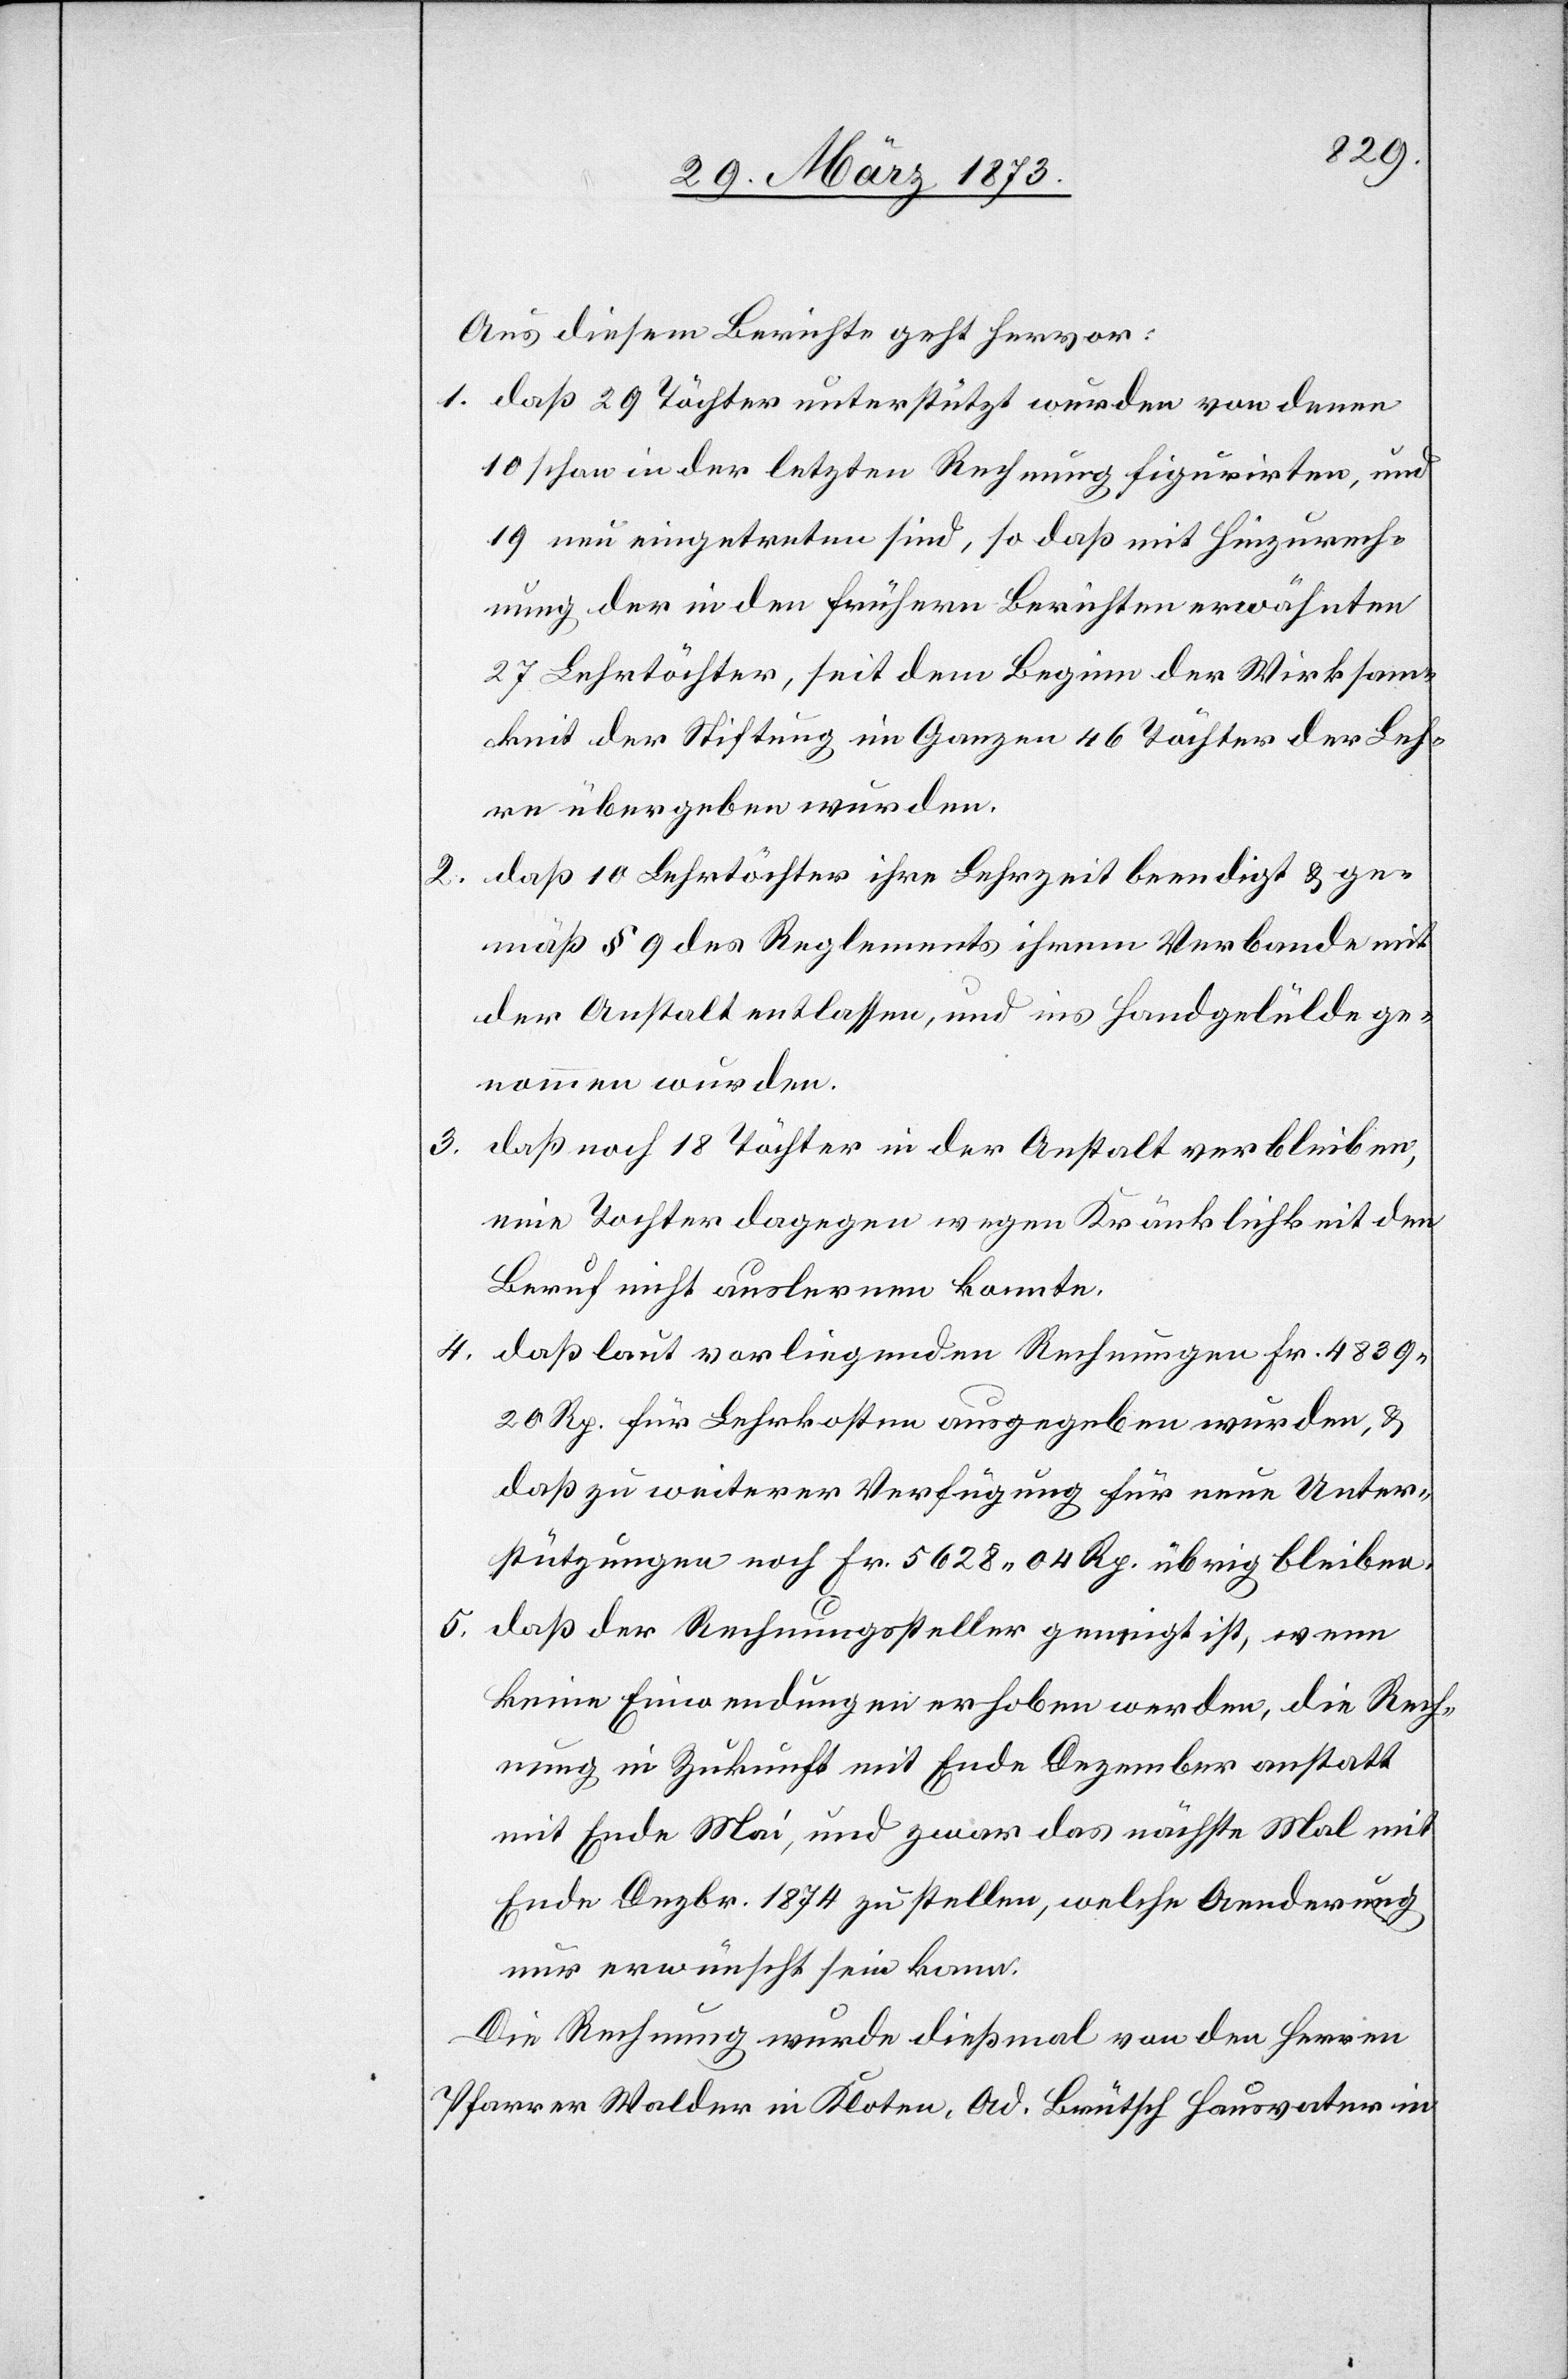
Aus diesem Berichte geht hervor:
1. daß 29 Töchter unterstützt wurden von denen
10 schon in der letzten Rechnung figurierten, und
19 neu eingetreten sind, so daß mit Hinzurech¬
nung der in den frühern Berichten erwähnten
27 Lehrtöchter, seit dem Beginn der Wirksam¬
keit der Stiftung im Ganzen 46 Töchter der Leh¬
re übergeben wurden.
2. daß 10 Lehrtöchter ihre Lehrzeit beendigt u. ge¬
mäß § 9 des Reglements ihrem Verbande mit
der Anstalt entlassen, und ins Handgelülde
genommen wurden.
3.
daß noch 18 Töchter in der Anstalt verbleiben,
eine Tochter dagegen wegen Kränklichkeit den
Beruf nicht auslernen konnte.
4. daß laut vorliegenden Rechnungen Fr. 4839.
20 Rp. für Lehrkosten ausgegeben wurden, u.
daß zu weiterer Verfügung für neue Unter¬
stützungen noch Fr. 5628. 04 Rp. übrig bleibe.
5. daß der Rechnungssteller geneigt ist, wenn
keine Einwendungen erhoben werden, die Rech¬
nung in Zukunft mit Ende Dezember anstatt
mit Ende Mai, und zwar das nächste Mal mit
Ende Dezbr. 1874 zu stellen, welche Aenderung
nur erwünscht sein kann.
Die Rechnung wurde dießmal von den Herren
Pfarrer Walder in Kloten, Ad. Brütsch Hausvater in